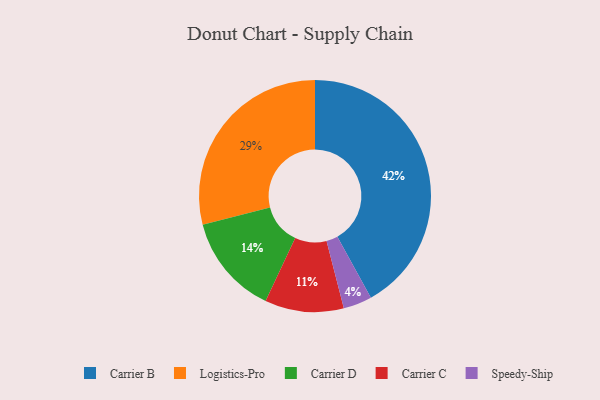
{"axis": {"x": "Category", "y": "Percentage"}, "legend": ["Carrier B", "Carrier C", "Carrier D", "Logistics-Pro", "Speedy-Ship"], "data": [{"x": "Carrier B", "y": 42, "type": "Carrier B"}, {"x": "Speedy-Ship", "y": 4, "type": "Speedy-Ship"}, {"x": "Logistics-Pro", "y": 29, "type": "Logistics-Pro"}, {"x": "Carrier D", "y": 14, "type": "Carrier D"}, {"x": "Carrier C", "y": 11, "type": "Carrier C"}]}